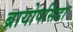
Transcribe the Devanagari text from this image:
ब्रायोपसिडा